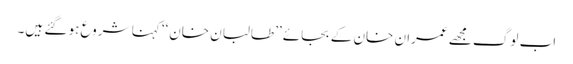
اب لوگ مجھے عمران خان کے بجائے ’’طالبان خان‘‘ کہنا شروع ہو گئے ہیں۔